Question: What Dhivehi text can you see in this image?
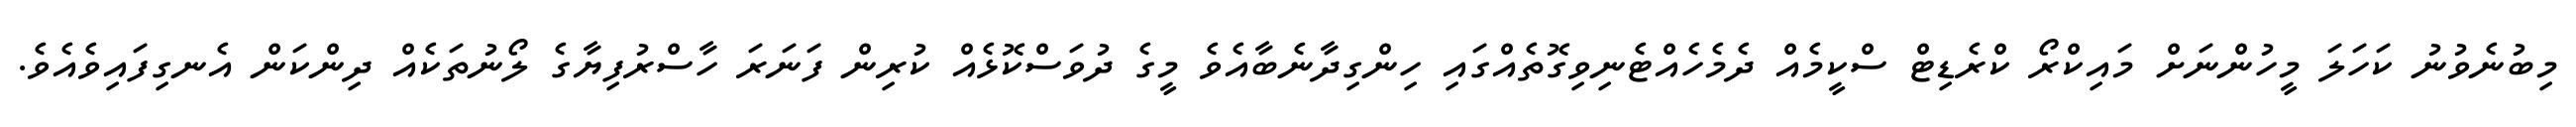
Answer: މިބުނެވުނު ކަހަލަ މީހުންނަށް މައިކްރޯ ކްރެޑިޓް ސްކީމެއް ދެމެހެއްޓެނިވިގޮތެއްގައި ހިންގިދާނެބާއެވެ މީގެ ދުވަސްކޮޅެއް ކުރިން ފަނަރަ ހާސްރުފިޔާގެ ލޯނުތަކެއް ދިންކަން އެނގިފައިވެއެވެ.